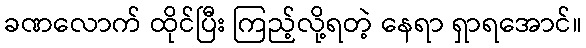
ခဏလောက် ထိုင်ပြီး ကြည့်လို့ရတဲ့ နေရာ ရှာရအောင်။